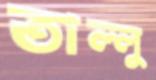
তাল্লু